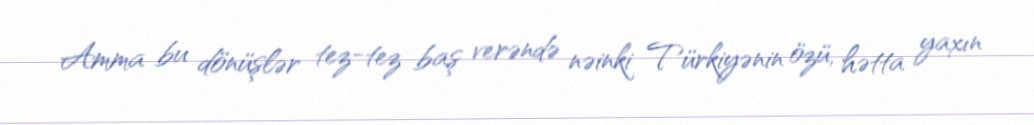
Amma bu dönüşlər tez-tez baş verəndə nəinki Türkiyənin özü, hətta yaxın